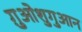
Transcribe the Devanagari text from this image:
ग़ुओशुगुआन